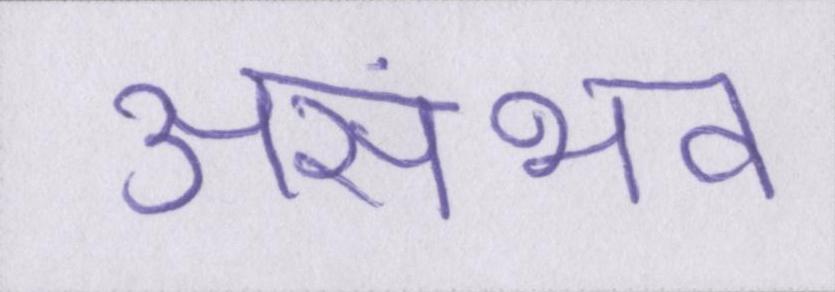
असंभव